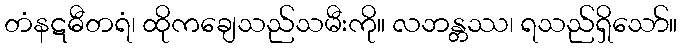
တံနဋဓီတရံ၊ ထိုကချေသည်သမီးကို။ လဘန္တဿ၊ ရသည်ရှိသော်။